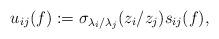
LaTeX: \begin{gather*}u_{ij}(f):= \sigma_{\lambda_i/\lambda_j}(z_i/z_j) s_{ij}(f),\end{gather*}